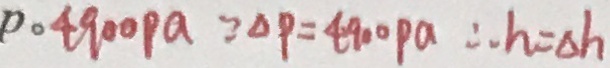
p o 4 9 0 0 P a \because \Delta P = 4 9 0 0 P a \therefore h = \Delta h